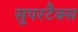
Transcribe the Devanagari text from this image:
सुपरटैक्स